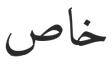
خاص